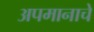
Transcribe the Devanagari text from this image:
अपमानाचे